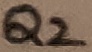
Text: Q2